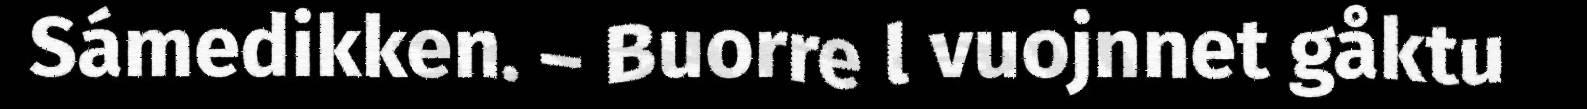
Sámedikken. – Buorre l vuojnnet gåktu